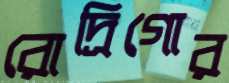
রোদ্রিগোর